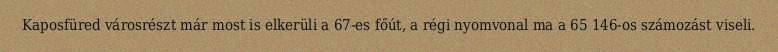
Kaposfüred városrészt már most is elkerüli a 67-es főút, a régi nyomvonal ma a 65 146-os számozást viseli.